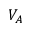
V _ { A }